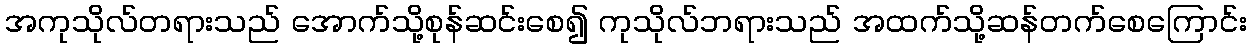
အကုသိုလ်တရားသည် အောက်သို့စုန်ဆင်းစေ၍ ကုသိုလ်ဘရားသည် အထက်သို့ဆန်တက်စေကြောင်း